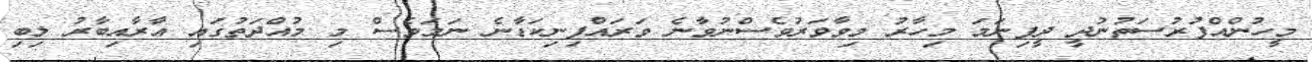
މީހުންއްފުރުސަތުނުދީ ދީފިނަމަ މިހާރު މިވާވަރުވެސްނުވާނެ ވަރައްފިނިކަޑާނެ ނަމަވެސް މި މުއްދަތުގައި އާރާއިބާރު ލިބި